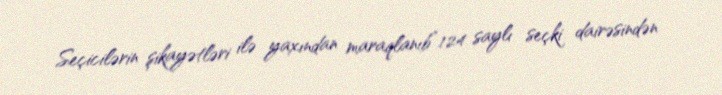
Seçicilərin şikayətləri ilə yaxından maraqlanıb”.124 saylı seçki dairəsindən